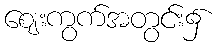
ဈေးကွက်အတွင်း၌